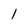
Character: I